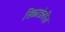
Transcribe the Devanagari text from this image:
सिकाडेलीज़